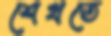
শেখতে